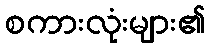
စကားလုံးများ၏